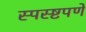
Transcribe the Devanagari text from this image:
स्पस्ष्टपणे